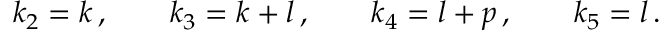
k _ { 2 } = k \, , \qquad k _ { 3 } = k + l \, , \qquad k _ { 4 } = l + p \, , \qquad k _ { 5 } = l \, .